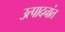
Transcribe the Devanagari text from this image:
उत्पादनांत